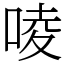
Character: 㖫